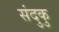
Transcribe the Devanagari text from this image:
संदुकु